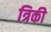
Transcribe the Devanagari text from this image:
त्रिकी